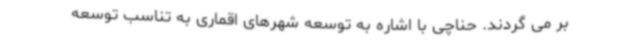
بر می گردند. حناچی با اشاره به توسعه شهرهای اقماری به تناسب توسعه